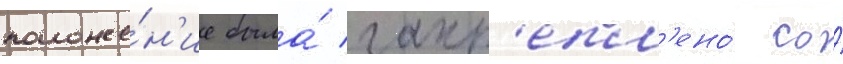
положе́н'ие была́ закр'епл'ено́ со́